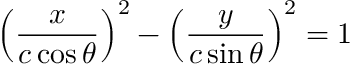
\left( { \frac { x } { c \cos \theta } } \right) ^ { 2 } - \left( { \frac { y } { c \sin \theta } } \right) ^ { 2 } = 1